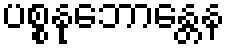
ပစ္စနုဘောန္တေန